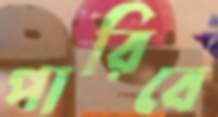
পারিবে